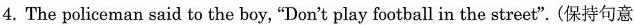
4.The policeman said to the boy, "Don't play football in the street".(保持句意